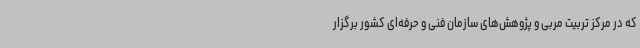
که در مرکز تربیت مربی و پژوهش‌های سازمان فنی و حرفه‌ای کشور برگزار